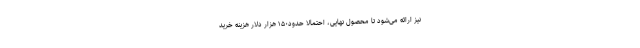
نیز ارائه می‌شود تا محصول نهایی، احتمالا حدود۱۵۰ هزار دلار هزینه خرید